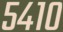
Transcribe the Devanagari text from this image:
५४१०